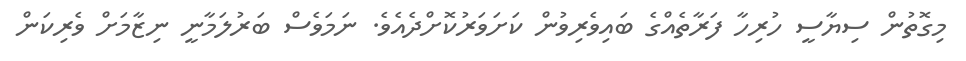
މިގޮތުން ސިޔާސީ ހުރިހާ ފަރާތެއްގެ ބައިވެރިވުން ކަށަވަރުކޮށްދެއެވެ. ނަމަވެސް ބަރުލަމާނީ ނިޒާމަށް ވެރިކަން